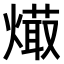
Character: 𤏱